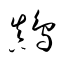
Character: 鷆